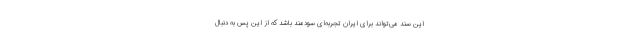
این سند می‌تواند برای ایران تجربه‌ای سودمند باشد که از این پس به دنبال